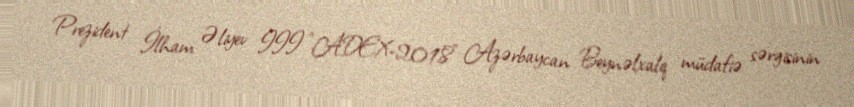
Prezident İlham Əliyev III “ADEX-2018” Azərbaycan Beynəlxalq müdafiə sərgisinin